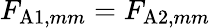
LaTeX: F_{\mathrm{A}1,mm}=F_{\mathrm{A}2,mm}